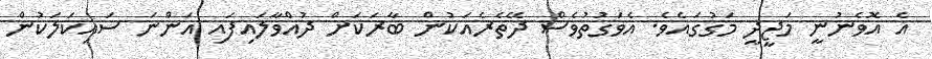
އެ އޮވެނުނީ މަޖީދީ މަގުގައެވެ. އެވަގުތުވެސް ދޭތެރެއަކުން ބާރަކަށް ދުއްވާލައިފައި އަންނަ ސައިކަލަކުން